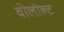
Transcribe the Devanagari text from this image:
वोलोन्ट